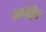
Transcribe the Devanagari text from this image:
कणॅदेव